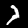
Label: 7